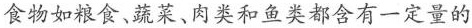
食物如粮食、蔬菜、肉类和鱼类都含有一定量的